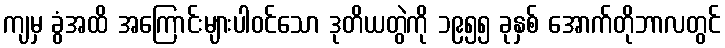
ကျမှ ခွံအထိ အကြောင်းများပါဝင်သော ဒုတိယတွဲကို ၁၉၅၅ ခုနှစ် အောက်တိုဘာလတွင်